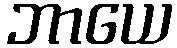
ဘာယေ